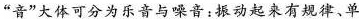
”音”大体可分为乐音与噪音：振动起来有规律、单